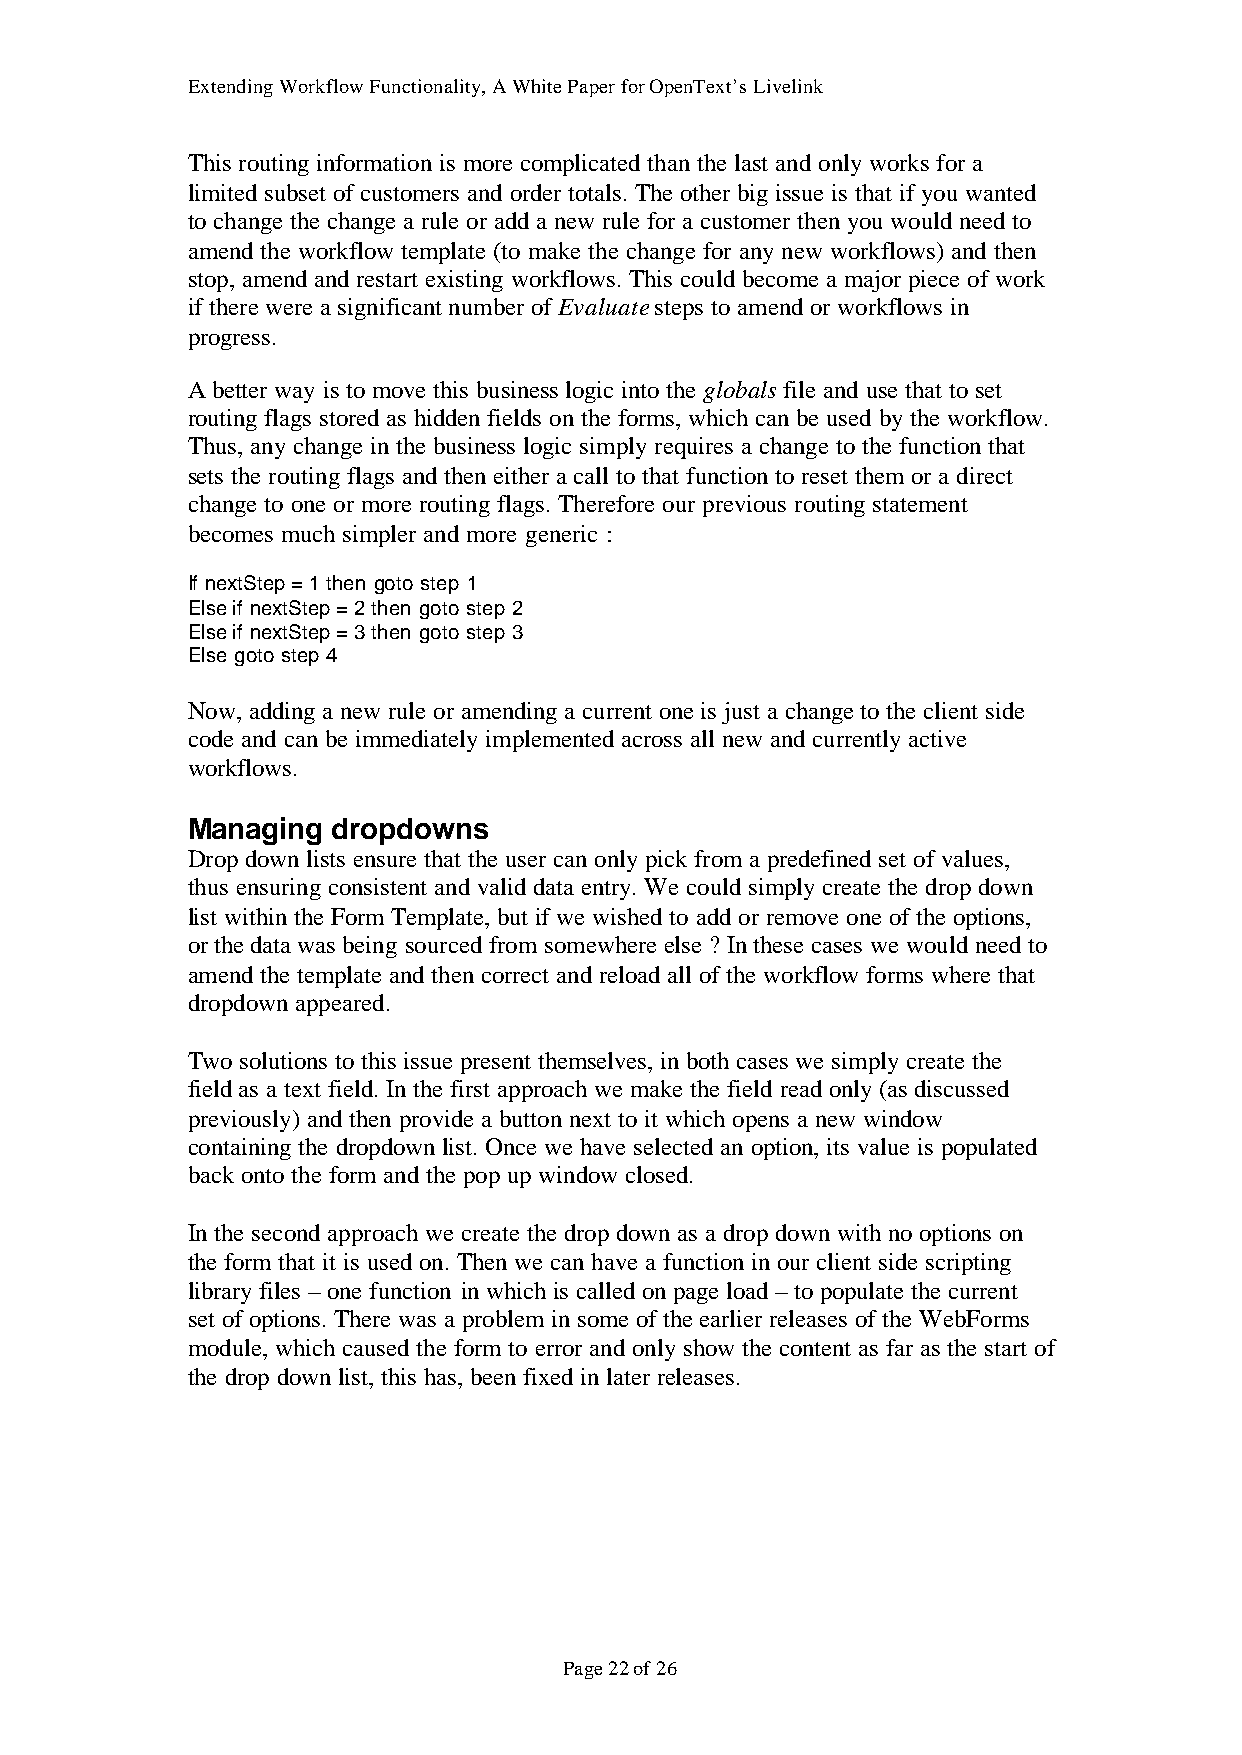
Extending Workflow Functionality, A White Paper for OpenText’s Livelink
 This routing information is more complicated than the last and only works for a
 limited subset of customers and order totals. The other big issue is that if you wanted
 to change the change a rule or add a new rule for a customer then you would need to
 amend the workflow template (to make the change for any new workflows) and then
 stop, amend and restart existing workflows. This could become a major piece of work
 if there were a significant number of Evaluate steps to amend or workflows in
 progress.
 A better way is to move this business logic into the globals file and use that to set
 routing flags stored as hidden fields on the forms, which can be used by the workflow.
 Thus, any change in the business logic simply requires a change to the function that
 sets the routing flags and then either a call to that function to reset them or a direct
 change to one or more routing flags. Therefore our previous routing statement
 becomes much simpler and more generic :
 If nextStep = 1 then goto step 1
 Else if nextStep = 2 then goto step 2
 Else if nextStep = 3 then goto step 3
 Else goto step 4
 Now, adding a new rule or amending a current one is just a change to the client side
 code and can be immediately implemented across all new and currently active
 workflows.
 Managing  dropdowns
 Drop down lists ensure that the user can only pick from a predefined set of values,
 thus ensuring consistent and valid data entry. We could simply create the drop down
 list within the Form Template, but if we wished to add or remove one of the options,
 or the data was being sourced from somewhere else ? In these cases we would need to
 amend the template and then correct and reload all of the workflow forms where that
 dropdown appeared.
 Two solutions to this issue present themselves, in both cases we simply create the
 field as a text field. In the first approach we make the field read only (as discussed
 previously) and then provide a button next to it which opens a new window
 containing the dropdown list. Once we have selected an option, its value is populated
 back onto the form and the pop up window closed.
 In the second approach we create the drop down as a drop down with no options on
 the form that it is used on. Then we can have a function in our client side scripting
 library files – one function in which is called on page load – to populate the current
 set of options. There was a problem in some of the earlier releases of the WebForms
 module, which caused the form to error and only show the content as far as the start of
 the drop down list, this has, been fixed in later releases.
 Page 22 of 26